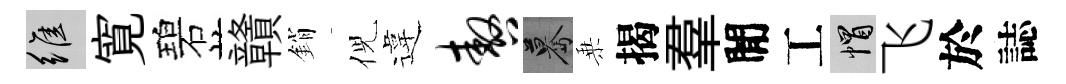
維寛碧贛銷倪違嗷驀乗揭羣閒工帽飞於誌